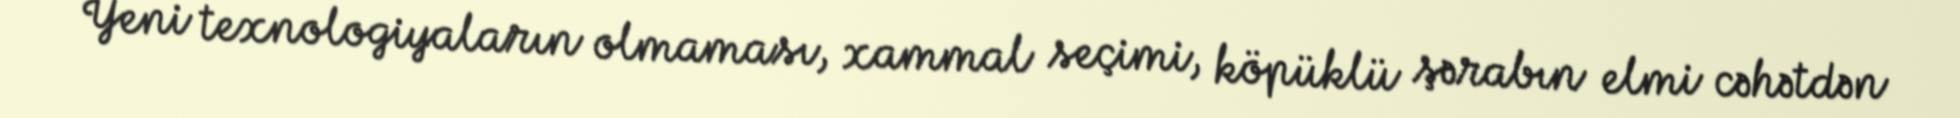
Yeni texnologiyaların olmaması, xammal seçimi, köpüklü şərabın elmi cəhətdən